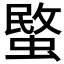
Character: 𮔧